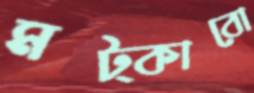
মট্‌কাবো